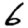
Digit: 6